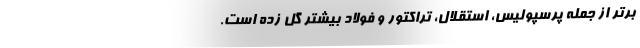
برتر از جمله پرسپولیس، استقلال، تراکتور و فولاد بیشتر گل زده است.